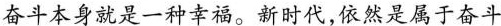
奋斗本身就是一种幸福。新时代，依然是属于奋斗